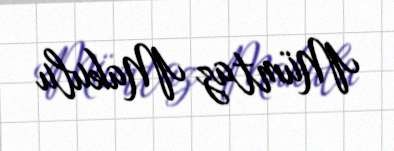
Mümtaz Makulu